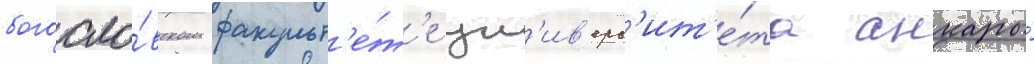
богосло́вском факульт'е́т'е ун'ив'ерс'ит'е́та анкары́